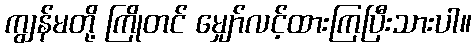
ကျွန်မတို့ ကြိုတင် မျှော်လင့်ထားကြပြီးသားပါ။